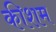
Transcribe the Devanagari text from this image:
कीशम